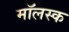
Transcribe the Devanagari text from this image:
मॉलस्क